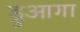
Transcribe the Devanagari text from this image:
ड्रुआगा